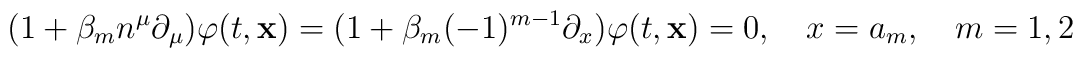
(1+\beta _{m}n^{\mu }\partial _{\mu })\varphi (t,{\bf x})=(1+\beta_{m}(-1)^{m-1}\partial _{x})\varphi (t,{\bf x})=0,\quad x=a_{m},\quad m=1,2